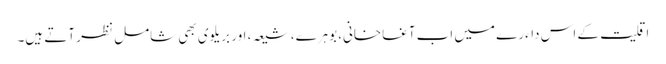
اقلیت کے اس داءرے میں اب آغاخانی، بوہرے، شیعہ، اور بریلوی بھی شامل نظر آتے ہیں۔